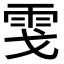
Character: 𩂅